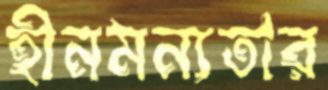
হীনমন্যতার